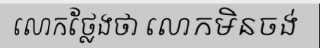
លោកថ្លែងថា លោកមិនចង់